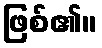
ဖြစ်၏။